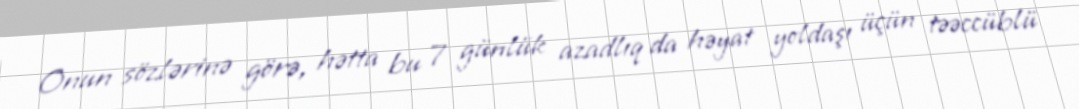
Onun sözlərinə görə, hətta bu 7 günlük azadlıq da həyat yoldaşı üçün təəccüblü